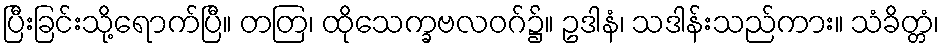
ပြီးခြင်းသို့ရောက်ပြီ။ တတြ၊ ထိုသေက္ခဗလဝဂ်၌။ ဥဒါနံ၊ သဒါန်းသည်ကား။ သံခိတ္တံ၊